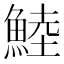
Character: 鯥